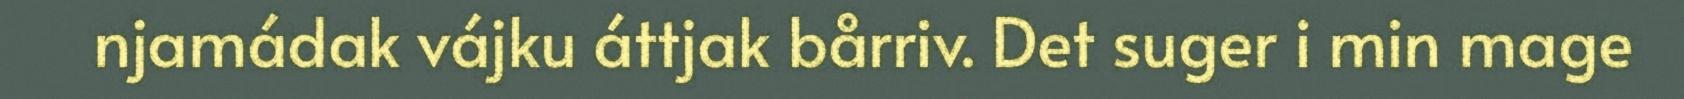
njamádak vájku áttjak bårriv. Det suger i min mage